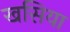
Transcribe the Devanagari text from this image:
खसिया